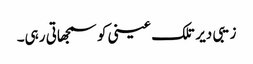
زیبی دیر تلک عینی کو سمجھاتی رہی۔